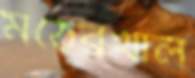
মঠেরখাল